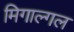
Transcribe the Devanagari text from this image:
मिगाल्गल